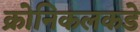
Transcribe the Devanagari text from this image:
क्रोनिकलकडे